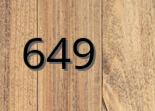
649